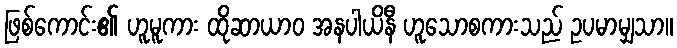
ဖြစ်ကောင်း၏ ဟူမူကား ထိုဆာယာဝ အနပါယိနီ ဟူသောစကားသည် ဥပမာမျှသာ။